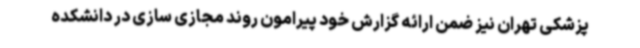
پزشکی تهران نیز ضمن ارائه گزارش خود پیرامون روند مجازی سازی در دانشکده